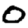
Digit: 0